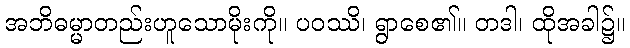
အဘိဓမ္မာတည်းဟူသောမိုးကို။ ပဝဿိ၊ ရွာစေ၏။ တဒါ၊ ထိုအခါ၌။